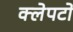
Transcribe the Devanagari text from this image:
क्लेपटो